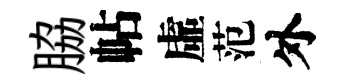
脇帖虛范外